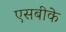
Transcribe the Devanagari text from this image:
एसबीके